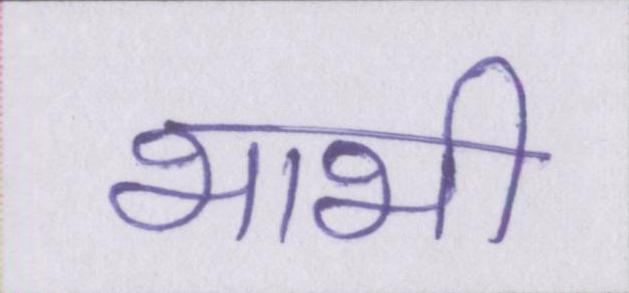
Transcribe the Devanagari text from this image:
भाभी